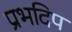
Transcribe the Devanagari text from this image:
प्रभदिप